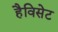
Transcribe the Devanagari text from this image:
हैविसेट